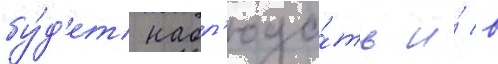
бу́д'ет набл'юда́ть и́ в